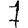
Digit: 7